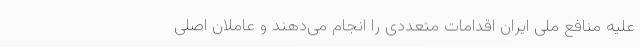
علیه منافع ملی ایران اقدامات متعددی را انجام می‌دهند و عاملان اصلی